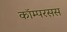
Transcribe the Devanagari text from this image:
कॉम्परसस